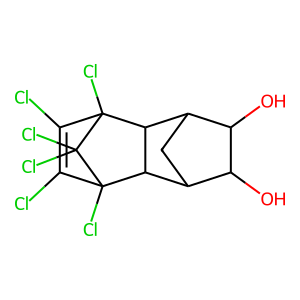
SMILES: OC1C(O)C2CC1C1C2C2(Cl)C(Cl)=C(Cl)C1(Cl)C2(Cl)Cl
Inhibits HIV replication: No